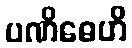
ပဏိဓေဟိ